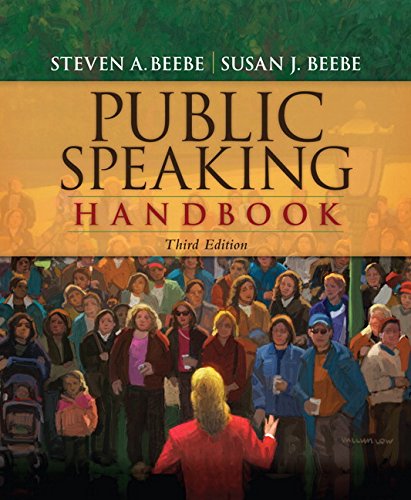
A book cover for Public Speaking Handbook (3rd Edition); Steven A. Beebe; Reference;